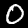
Digit: 0